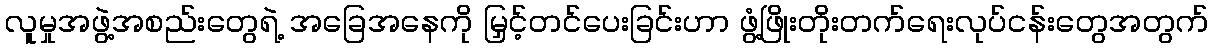
လူမှုအဖွဲ့အစည်းတွေရဲ့ အခြေအနေကို မြှင့်တင်ပေးခြင်းဟာ ဖွံ့ဖြိုးတိုးတက်ရေးလုပ်ငန်းတွေအတွက်